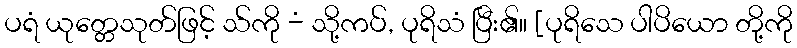
ပရံ ယုတ္တေသုတ်ဖြင့် သ်ကို -ံ သို့ကပ်, ပုရိသံ ပြီး၏။ [ပုရိသေ ပါပိယော တို့ကို